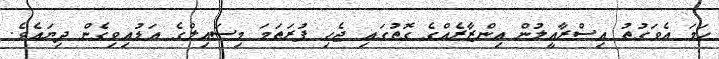
ހަމަ އެވަގުތު އިސްރާއީލުން އިންޒާރެއްގެ ގޮތުގައި ޖެހި ފުރަތަމަ މިސައިލްގެ އަޑުއިވިގެން ދިޔައެވެ.